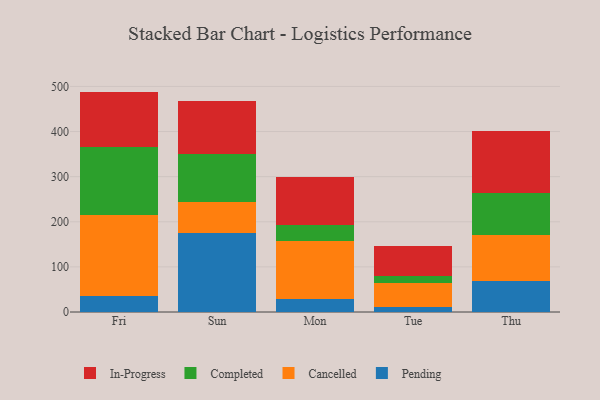
{"axis": {"x": "Day", "y": "Gross Profit (USD K)"}, "legend": ["Cancelled", "Completed", "In-Progress", "Pending"], "data": [{"x": "Fri", "y": 36.3, "type": "Pending"}, {"x": "Fri", "y": 177.6, "type": "Cancelled"}, {"x": "Fri", "y": 152.1, "type": "Completed"}, {"x": "Fri", "y": 122.5, "type": "In-Progress"}, {"x": "Sun", "y": 174.7, "type": "Pending"}, {"x": "Sun", "y": 70.0, "type": "Cancelled"}, {"x": "Sun", "y": 106.1, "type": "Completed"}, {"x": "Sun", "y": 116.4, "type": "In-Progress"}, {"x": "Mon", "y": 28.5, "type": "Pending"}, {"x": "Mon", "y": 129.1, "type": "Cancelled"}, {"x": "Mon", "y": 35.0, "type": "Completed"}, {"x": "Mon", "y": 105.9, "type": "In-Progress"}, {"x": "Tue", "y": 11.3, "type": "Pending"}, {"x": "Tue", "y": 53.5, "type": "Cancelled"}, {"x": "Tue", "y": 14.6, "type": "Completed"}, {"x": "Tue", "y": 66.1, "type": "In-Progress"}, {"x": "Thu", "y": 68.3, "type": "Pending"}, {"x": "Thu", "y": 102.8, "type": "Cancelled"}, {"x": "Thu", "y": 93.0, "type": "Completed"}, {"x": "Thu", "y": 136.7, "type": "In-Progress"}]}